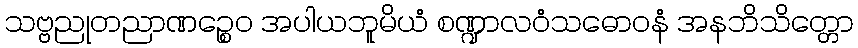
သဗ္ဗညုတညာဏဉ္စေဝ အပါယဘူမိယံ စဏ္ဍာလဝံသဓောဝနံ အနဘိသိတ္တော